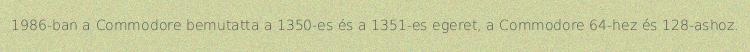
1986-ban a Commodore bemutatta a 1350-es és a 1351-es egeret, a Commodore 64-hez és 128-ashoz.